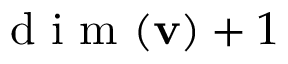
\mathrm { ~ d ~ i ~ m ~ } ( \mathbf { v } ) + 1